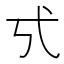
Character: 𢍻